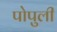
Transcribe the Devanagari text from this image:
पोपुली